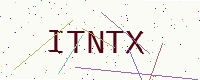
Text: ITNTX